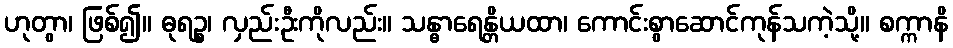
ဟုတွာ၊ ဖြစ်၍။ ဓုရဉ္စ၊ လှည်းဦးကိုလည်း။ သန္ဓာရေန္တိယထာ၊ ကောင်းစွာဆောင်ကုန်သကဲ့သို့။ စက္ကာနိ